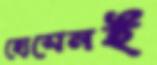
হোসেনই